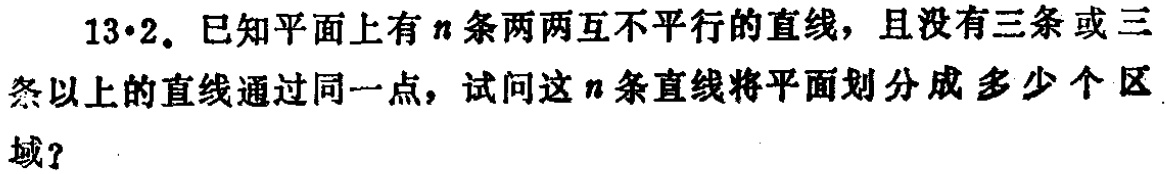
13·2. 已知平面上有\(n\)条两两互不平行的直线，且没有三条或三条以上的直线通过同一点，试问这\(n\)条直线将平面划分成多少个区域？